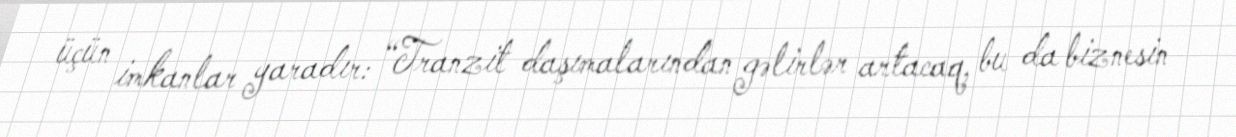
üçün imkanlar yaradır: “Tranzit daşımalarından gəlirlər artacaq, bu da biznesin